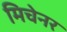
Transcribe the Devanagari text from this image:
मिचेनर